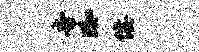
帝踟佞